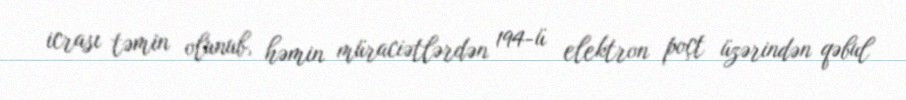
icrası təmin olunub, həmin müraciətlərdən 194-ü elektron poçt üzərindən qəbul